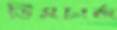
ডিসচার্জ